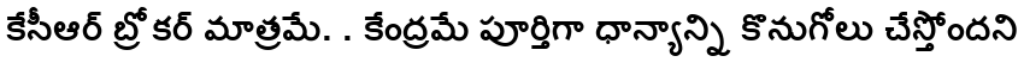
కేసీఆర్ బ్రోకర్ మాత్రమే. . కేంద్రమే పూర్తిగా ధాన్యాన్ని కొనుగోలు చేస్తోందని